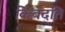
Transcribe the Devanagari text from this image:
किबंदति